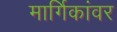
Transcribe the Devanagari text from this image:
मार्गिकांवर